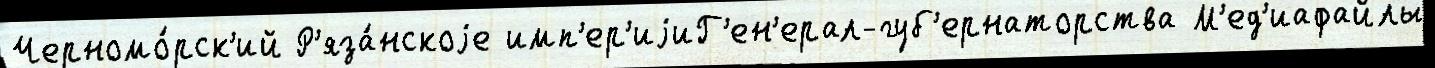
Черномо́рск'ий Р'яза́нскоjе имп'ер'иjиГ'ен'ерал-губ'ернаторства М'ед'иафайлы